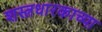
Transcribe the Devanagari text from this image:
शस्त्रधारकाच्या